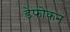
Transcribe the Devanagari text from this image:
डेफोकन